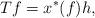
LaTeX: \begin{align*}Tf=x^*(f)h,\end{align*}